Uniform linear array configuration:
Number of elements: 4
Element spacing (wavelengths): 0.75
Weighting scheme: hann
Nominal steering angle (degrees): -30
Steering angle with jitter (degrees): -29.6
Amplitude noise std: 0.05
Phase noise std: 0.05

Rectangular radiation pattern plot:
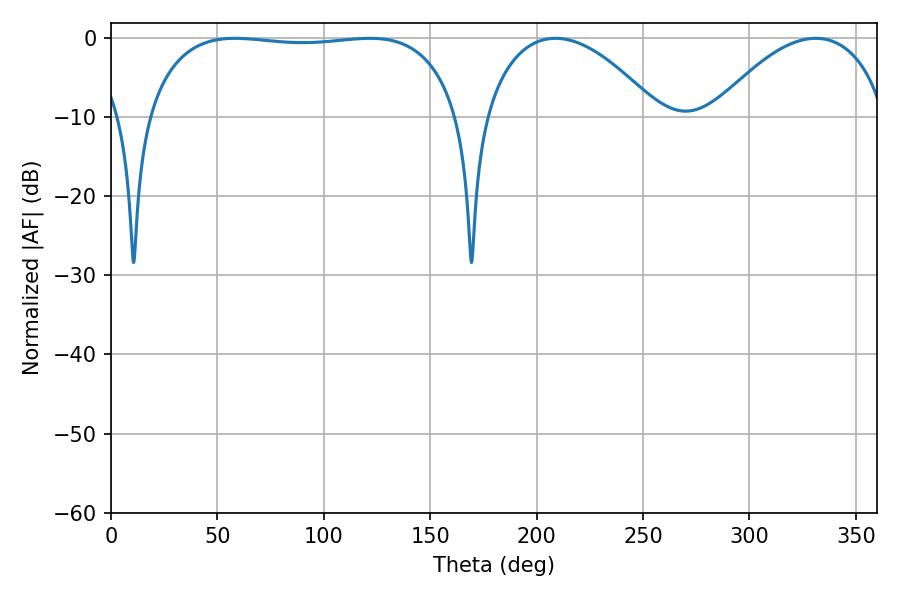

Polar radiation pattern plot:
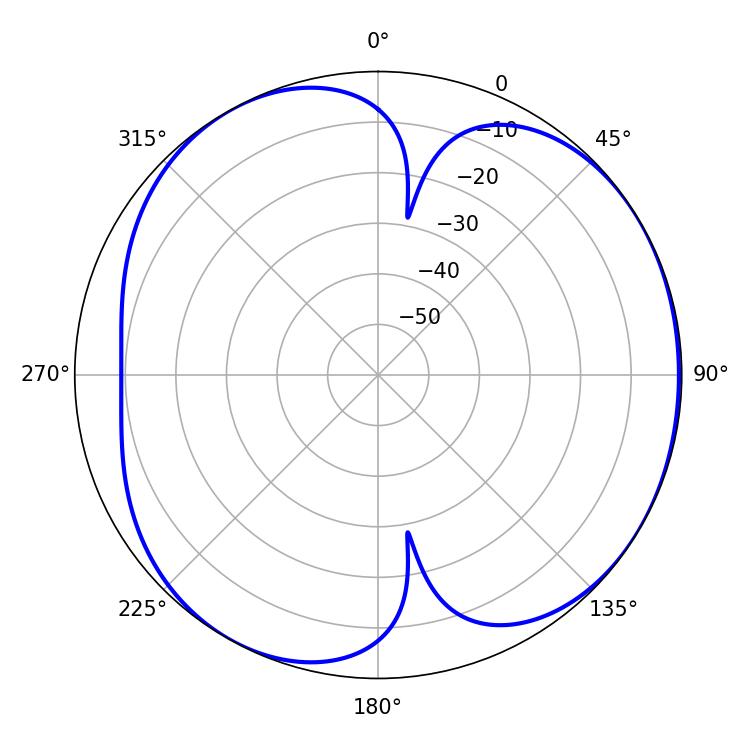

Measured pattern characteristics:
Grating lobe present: TRUE
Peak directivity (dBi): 4.723
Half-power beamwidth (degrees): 117.36
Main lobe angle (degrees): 58.32